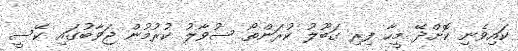
ކައިވެނި ކޮށްދޭ މީހާ ފިރި ގަބޫލު ކުރަންތޯ ސުވާލު ކުރުމުން ޖަވާބުގައި ކޭސީ